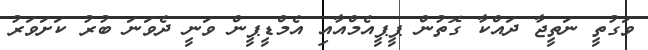
ވަގުތީ ނަތީޖާ ދައްކާ ގޮތުން ޕީޕީއެމްއާއި އެމްޑީޕީން ވަނީ ދެވަނަ ބުރު ކަށަވަރު